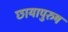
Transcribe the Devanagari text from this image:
छायापुरुष